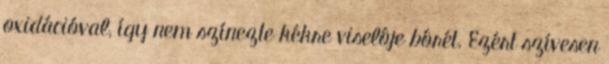
oxidációval, így nem színezte kékre viselôje bôrét. Ezért szívesen